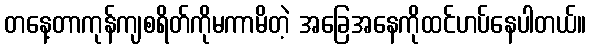
တနေ့တာကုန်ကျစရိတ်ကိုမကာမိတဲ့ အခြေအနေကိုထင်ဟပ်နေပါတယ်။